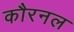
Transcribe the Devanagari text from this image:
कौरनल